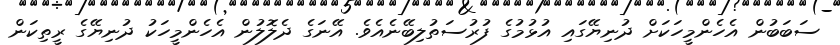
ސަބަބުން އެހެންމީހަކަށް ދުނިޔޭގައި އުޅުމުގެ ފުރުސަތުލިބޭނެއެވެ. އޭނަގެ ދެލޮލުން އެހެންމީހަކު ދުނިޔޭގެ ރީތިކަން